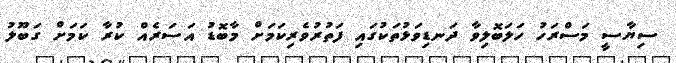
ސިޔާސީ މަސްރަހު ހަލަބޮލިވާ ދަނޑިވަޅުތަކުގައި ފަތުރުވެރިކަމަށް މާބޮޑު އަސަރެއް ކުރާ ކަމަށް ގަބޫލު